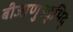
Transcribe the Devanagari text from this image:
बीजाणुउद्भिद्